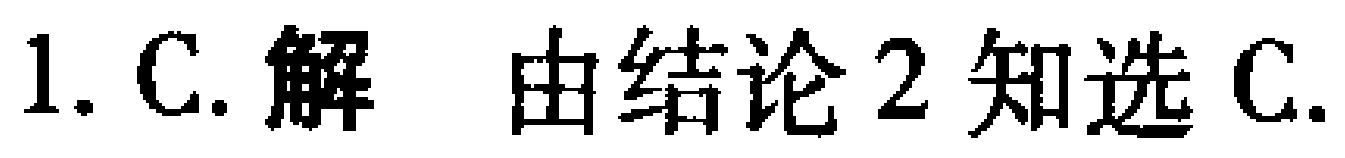
1. C. 解 由结论 2 知选 C.